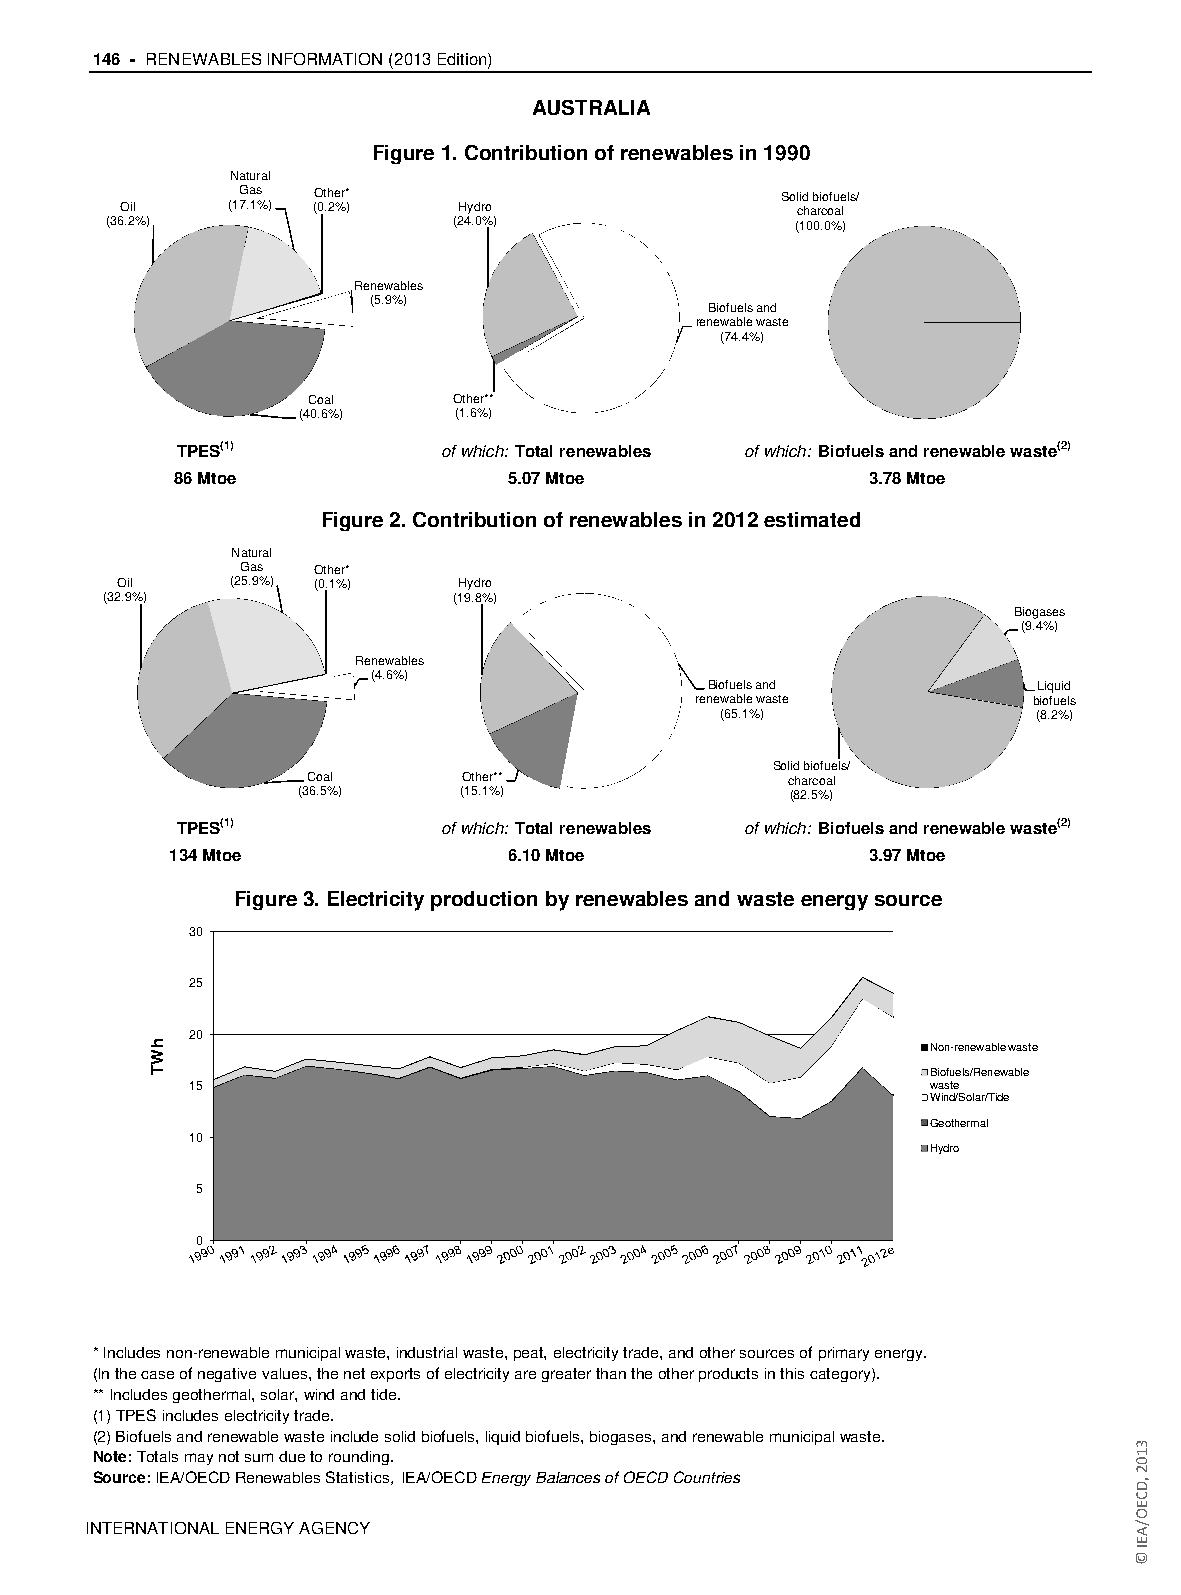
146 - RENEWABLES INFORMATION (2013 Edition)
 AUSTRALIA
 Figure 1. Contribution of renewables in 1990
 Natural
 Gas  Other*                         Solid biofuels/
 Oil    (17.1%) (0.2%) Hydro                  charcoal
 (36.2%)                (24.0%)                (100.0%)
 Renewables
 (5.9%)
 Biofuels and
 renewable waste
 (74.4%)
 Coal      Other**
 (40.6%)   (1.6%)
 TPES(1)          of which: Total renewables of which: Biofuels and renewable waste(2)
 86 Mtoe                5.07 Mtoe              3.78 Mtoe
 Figure 2. Contribution of renewables in 2012 estimated
 Natural
 Gas  Other*
 Oil    (25.9%) (0.1%) Hydro
 (32.9%)                (19.8%)
 Biogases
 (9.4%)
 Renewables
 (4.6%)
 Biofuels and          Liquid
 renewable waste       biofuels
 (65.1%)             (8.2%)
 Solid biofuels/
 Coal      Other**               charcoal
 (36.5%)   (15.1%)               (82.5%)
 TPES(1)          of which: Total renewables of which: Biofuels and renewable waste(2)
 134 Mtoe               6.10 Mtoe              3.97 Mtoe
 Figure 3. Electricity production by renewables and waste energy source
 30
 25
 20
 Non-renewable waste
 Biofuels/Renewable
 15                                               waste
 Wind/Solar/Tide
 Geothermal
 10
 Hydro
 5
 0
 * Includes non-renewable municipal waste, industrial waste, peat, electricity trade, and other sources of primary energy.
 (In the case of negative values, the net exports of electricity are greater than the other products in this category).
 ** Includes geothermal, solar, wind and tide.
 (1) TPES includes electricity trade.
 (2) Biofuels and renewable waste include solid biofuels, liquid biofuels, biogases, and renewable municipal waste.
 Note: Totals may not sum due to rounding.
 Source: IEA/OECD Renewables Statistics, IEA/OECD Energy Balances of OECD Countries
 IINNTTEERRNNAATTIIOONNAALL EENNEERRGGYY AAGGEENNCCYY
 hWT
 3102
 ,DCEO/AEI
 ©